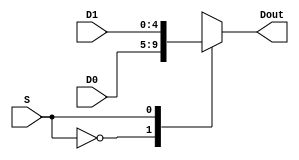
`timescale 1ns / 1ps
//////////////////////////////////////////////////////////////////////////////////
// Company: 
// Engineer: 
// 
// Design Name: 
// Module Name:    MUX2T1_5 
// Project Name: 
// Target Devices: 
// Tool versions: 
// Description: 
//
// Dependencies: 
//
// Revision: 
// Revision 0.01 - File Created
// Additional Comments: 
//
//////////////////////////////////////////////////////////////////////////////////
module MUX2T1_5( input S,        // A 2 to 1 multiplexer with 5-bit data
					input [4:0]D0,
					input [4:0]D1,
					output reg [4:0]Dout
    );
	 
	 always @ * begin
		case(S)
			1'd0: Dout <= D0;
			1'd1: Dout <= D1;
			default: ;
		endcase
	end


endmodule